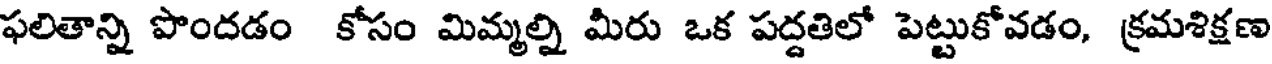
ఫలితాన్ని పొందడం కోసం మిమ్మల్ని మీరు ఒక పద్దతిలో పెట్టుకోవడం, క్రమశిక్షణ